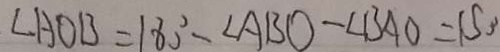
\angle A O B = 1 8 0 ^ { \circ } - \angle A B O - \angle B A O = 1 5 0 .